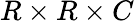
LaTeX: R\times R\times C